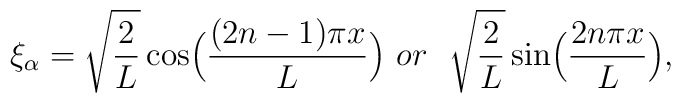
\xi_{\alpha} = \sqrt{\frac{2}{L}} \cos \Bigl( \frac{(2n -1) \pi x}{L} \Bigr){}~or~~ \sqrt{\frac{2}{L}} \sin \Bigl(\frac{2n \pi x}{L} \Bigr),